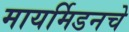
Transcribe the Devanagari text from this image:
मायर्मिडनचे